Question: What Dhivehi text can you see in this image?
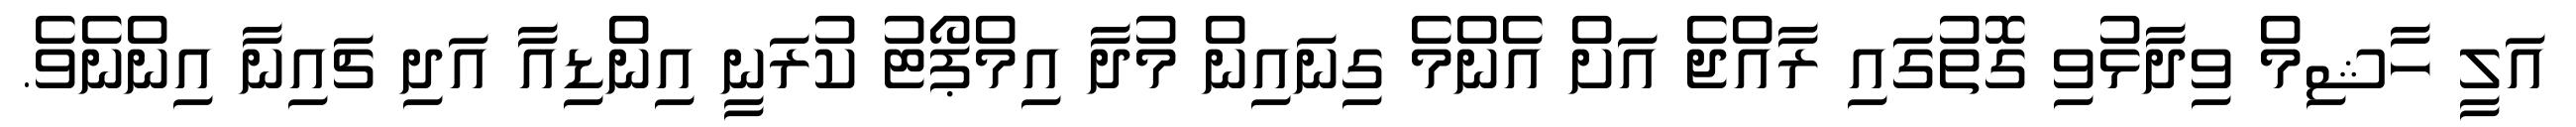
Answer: އަލީ ހާޝިމް ވިދާޅުވި ގޮތުގައި ރާއްޖެ އަށް އެންމެ ގިނައިން މުދާ އިމްޕޯޓު ކުރަނީ އިންޑިއާ އަދި ޗައިނާ އިންނެވެ.